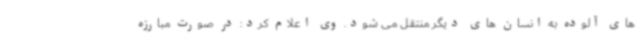
های آلوده به انسان های دیگر منتقل می شود. وی اعلام کرد: در صورت مبارزه